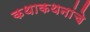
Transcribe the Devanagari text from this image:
कथाकथनांचे